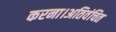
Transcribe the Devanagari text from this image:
करना।अतिवंचित